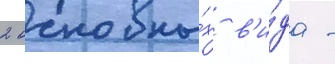
2 основны́х в'и́да -